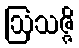
ဩသဇ္ဇိ